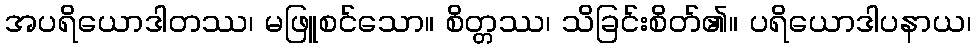
အပရိယောဒါတဿ၊ မဖြူစင်သော။ စိတ္တဿ၊ သိခြင်းစိတ်၏။ ပရိယောဒါပနာယ၊